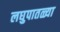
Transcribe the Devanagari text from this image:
लघुपातळ्या